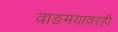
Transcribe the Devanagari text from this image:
वाङमयावरही